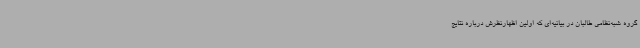
گروه شبه‌نظامی طالبان در بیانیه‌ای که اولین اظهارنظرش درباره نتایج